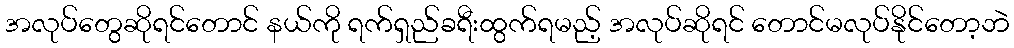
အလုပ်တွေဆိုရင်တောင် နယ်ကို ရက်ရှည်ခရီးထွက်ရမည့် အလုပ်ဆိုရင် တောင်မလုပ်နိုင်တော့ဘဲ